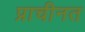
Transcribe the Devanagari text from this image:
प्राचीनत